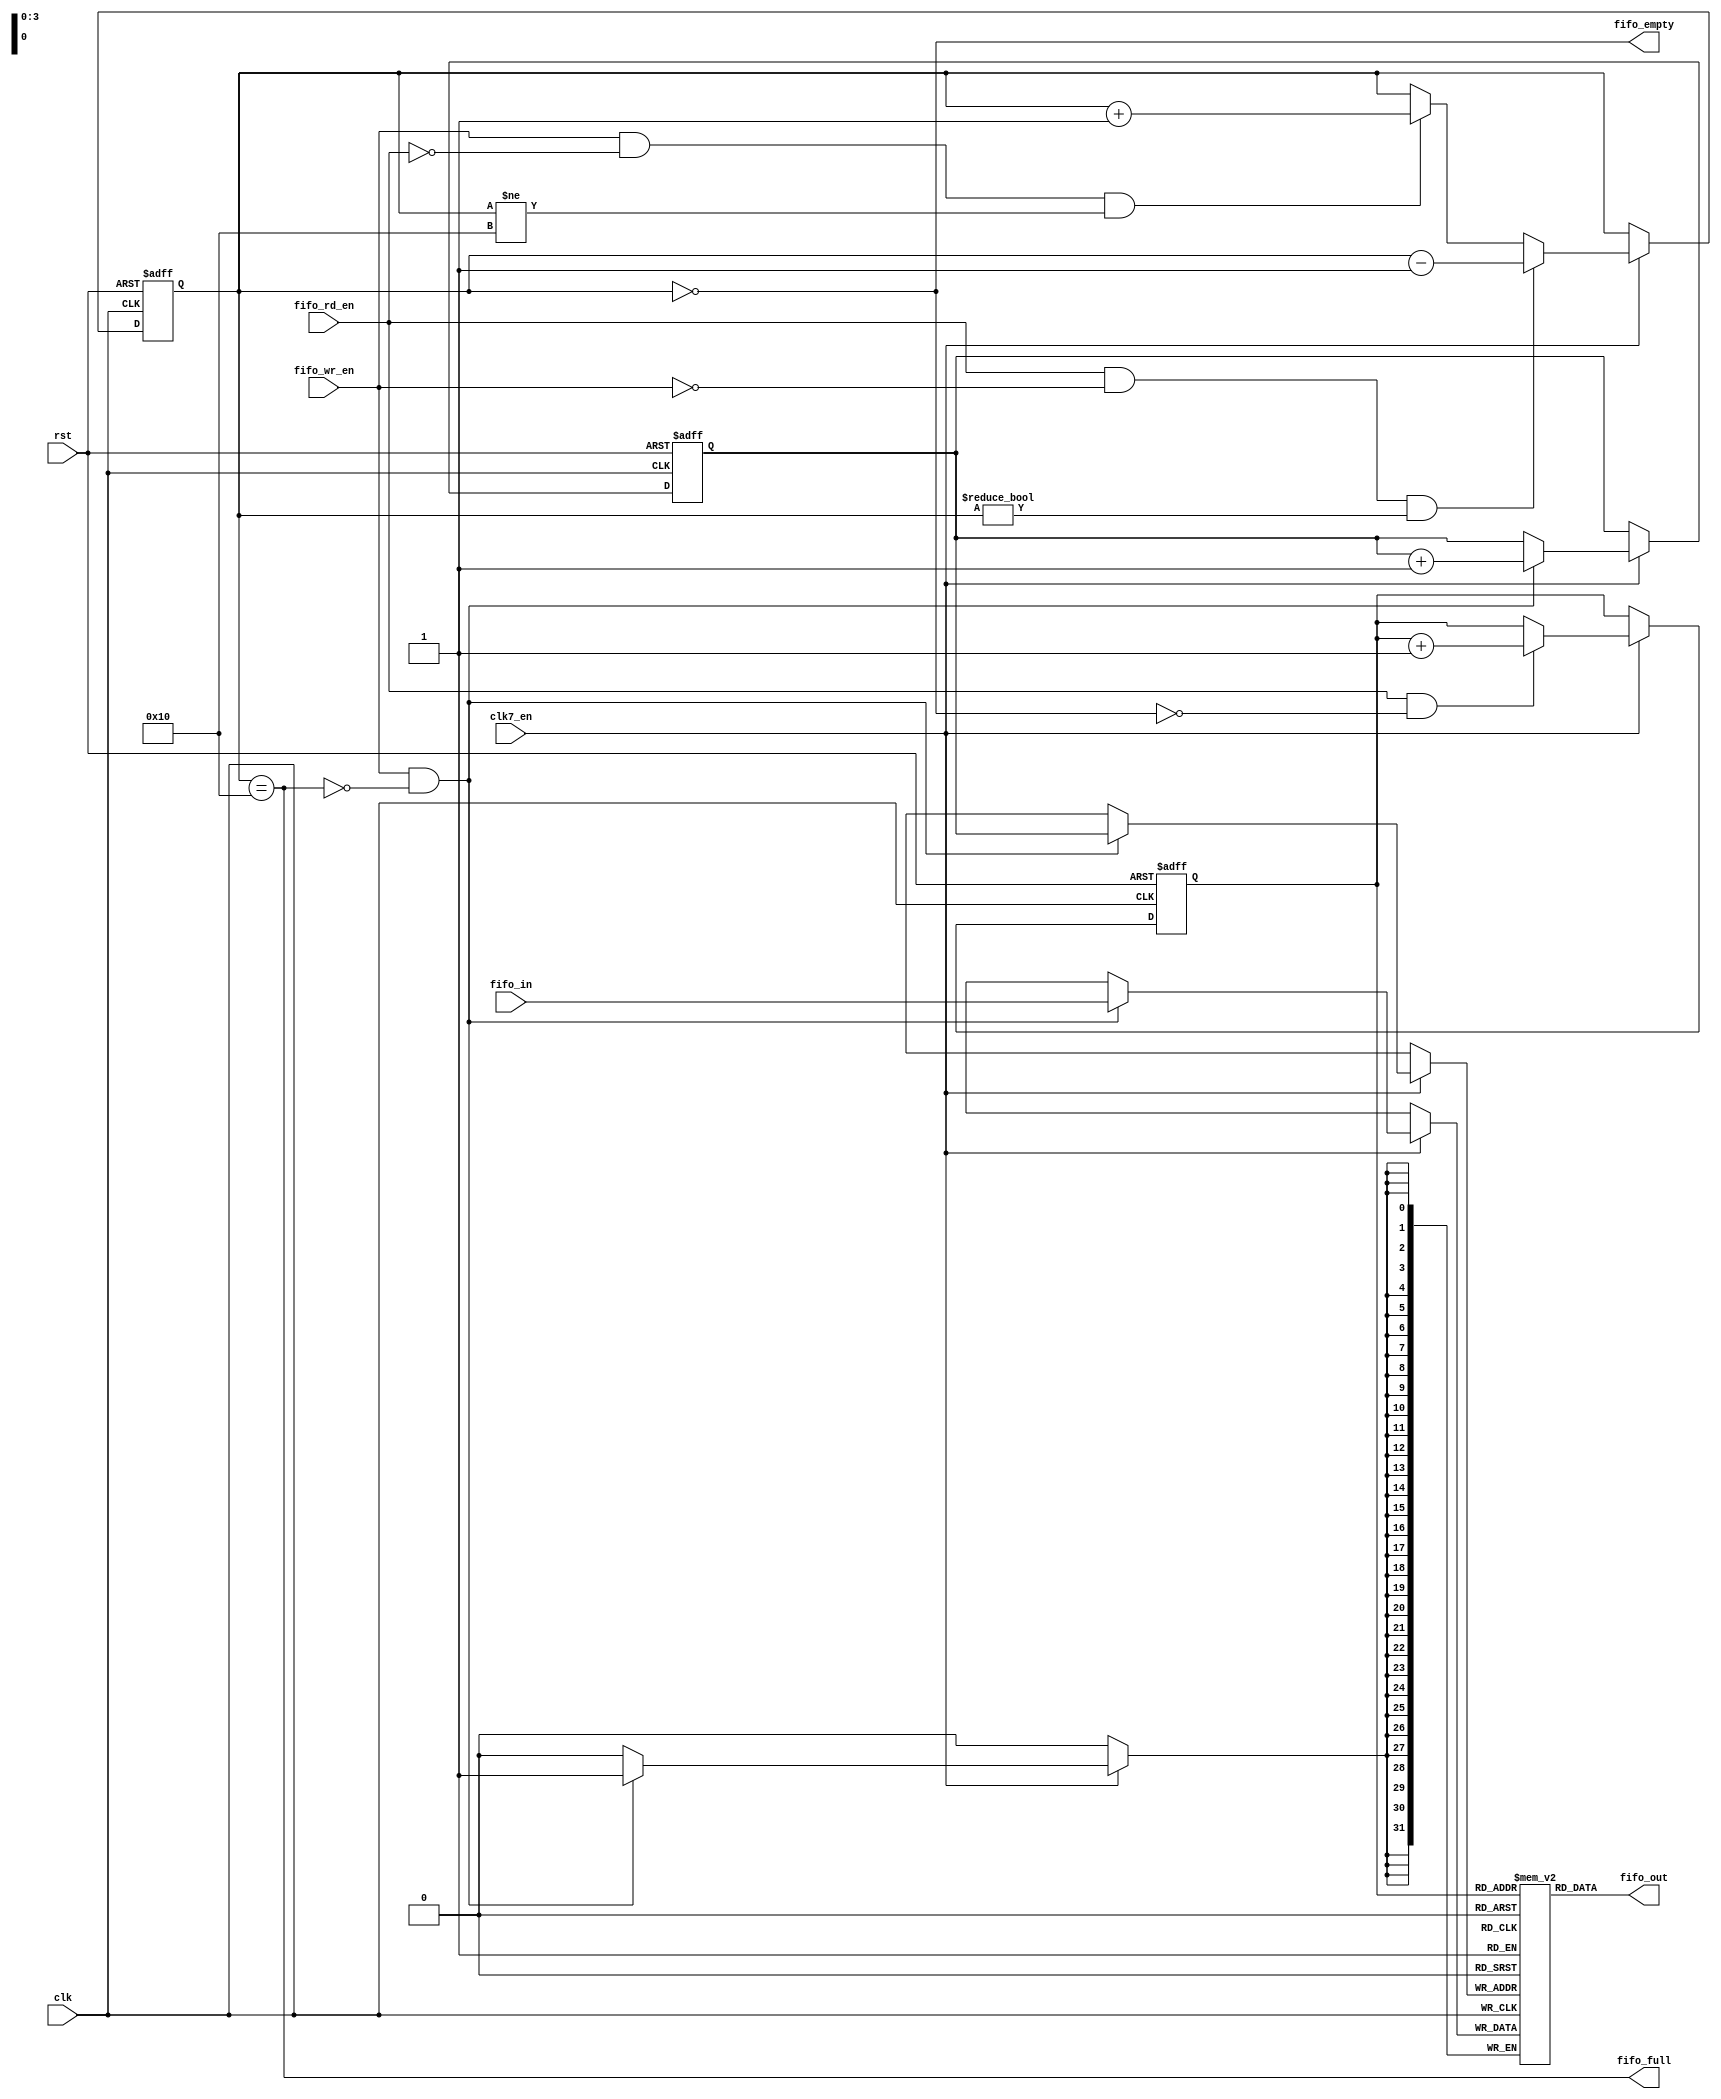
/********************************************/
/* sync_fifo.v                              */
/* simple single-clock fifo                 */
/*                                          */
/* 2011, rok.krajnc@gmail.com               */
/********************************************/


module sync_fifo #(
  parameter FD    = 16,               // fifo depth
  parameter DW    = 32                // data width
)(
  // system
  input  wire           clk,          // clock
  input  wire           clk7_en,      // 7MHz clock enable
  input  wire           rst,          // reset
  // fifo input / output
  input  wire [ DW-1:0] fifo_in,      // write data
  output wire [ DW-1:0] fifo_out,     // read data
  // fifo control
  input  wire           fifo_wr_en,   // fifo write enable
  input  wire           fifo_rd_en,   // fifo read enable
  // fifo status
  output wire           fifo_full,    // fifo full
  output wire           fifo_empty    // fifo empty
);



////////////////////////////////////////
// log function                       //
////////////////////////////////////////

function integer CLogB2;
  input [31:0] d;
  integer i;
begin
  i = d;
  for(CLogB2 = 0; i > 0; CLogB2 = CLogB2 + 1) i = i >> 1;
end
endfunction



////////////////////////////////////////
// local parameters                   //
////////////////////////////////////////

localparam FCW = CLogB2(FD-1) + 1;
localparam FPW = CLogB2(FD-1);



////////////////////////////////////////
// local signals                      //
////////////////////////////////////////

// fifo counter
reg  [FCW-1:0] fifo_cnt;

// fifo write & read pointers
reg  [FPW-1:0] fifo_wp, fifo_rp;

// fifo memory
reg  [ DW-1:0] fifo_mem [0:FD-1];



////////////////////////////////////////
// logic                              //
////////////////////////////////////////

// FIFO write pointer
always @ (posedge clk or posedge rst) begin
  if (rst)
    fifo_wp <= #1 1'b0;
  else if (clk7_en) begin
    if (fifo_wr_en && !fifo_full)
      fifo_wp <= #1 fifo_wp + 1'b1;
  end
end


// FIFO write
always @ (posedge clk) begin
  if (clk7_en) begin
    if (fifo_wr_en && !fifo_full) fifo_mem[fifo_wp] <= #1 fifo_in;
  end
end


// FIFO counter
always @ (posedge clk or posedge rst) begin
  if (rst)
    fifo_cnt <= #1 'd0;
  // read & no write
  else if (clk7_en) begin
    if (fifo_rd_en && !fifo_wr_en && (fifo_cnt != 'd0))
      fifo_cnt <= #1 fifo_cnt - 'd1;
    // write & no read
    else if (fifo_wr_en && !fifo_rd_en && (fifo_cnt != FD))
      fifo_cnt <= #1 fifo_cnt + 'd1;
  end
end


// FIFO full & empty
assign fifo_full  = (fifo_cnt == (FD));
assign fifo_empty = (fifo_cnt == 'd0);


// FIFO read pointer
always @ (posedge clk or posedge rst) begin
  if (rst)
    fifo_rp <= #1 1'b0;
  else if (clk7_en) begin
    if (fifo_rd_en && !fifo_empty)
      fifo_rp <= #1 fifo_rp + 1'b1;
  end
end


// FIFO read
assign fifo_out = fifo_mem[fifo_rp];


endmodule